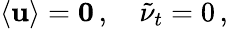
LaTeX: {\mathbf{\langle{u}\rangle}}={\mathbf{0}}\, ,\quad\tilde{\nu}_{t}=0\, ,